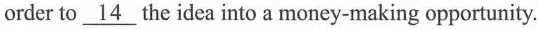
order to \underline{14} the idea into a money-making opportunity.